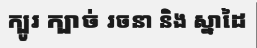
ក្បូរ ក្បាច់ រចនា និង ស្នាដៃ